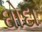
ઘોદા